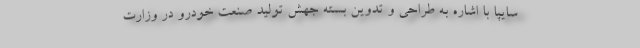
سایپا با اشاره به طراحی و تدوین بسته جهش تولید صنعت خودرو در وزارت